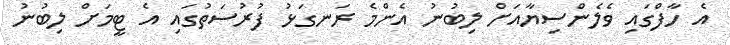
އެ ހާފްގައި ވެލެންސިޔާއަށް ލިބުނު އެންމެ ރަނގަޅު ފުރުސަތުގައި އެ ޓީމަށް ލިބުނު